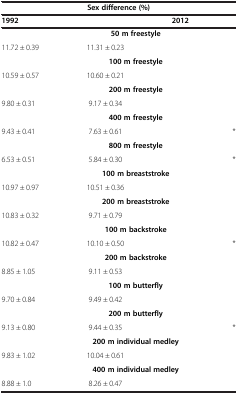
| <COLSPAN=4> Sex difference (%) |
 | <COLSPAN=2> 1992 | <COLSPAN=2> 2012 |
 | --- | --- | --- | --- |
 |  | <COLSPAN=2> 50 m freestyle |  |
 | 11.72 ± 0.39 | 11.31 ± 0.23 |  |  |
 |  | <COLSPAN=2> 100 m freestyle |  |
 | 10.59 ± 0.57 | 10.60 ± 0.21 |  |  |
 |  | <COLSPAN=2> 200 m freestyle |  |
 | 9.80 ± 0.31 | 9.17 ± 0.34 |  |  |
 |  | <COLSPAN=2> 400 m freestyle |  |
 | 9.43 ± 0.41 | 7.63 ± 0.61 |  | * |
 |  | <COLSPAN=2> 800 m freestyle |  |
 | 6.53 ± 0.51 | 5.84 ± 0.30 |  | * |
 |  | <COLSPAN=2> 100 m breaststroke |  |
 | 10.97 ± 0.97 | 10.51 ± 0.36 |  |  |
 |  | <COLSPAN=2> 200 m breaststroke |  |
 | 10.83 ± 0.32 | 9.71 ± 0.79 |  |  |
 |  | <COLSPAN=2> 100 m backstroke |  |
 | 10.82 ± 0.47 | 10.10 ± 0.50 |  | * |
 |  | <COLSPAN=2> 200 m backstroke |  |
 | 8.85 ± 1.05 | 9.11 ± 0.53 |  |  |
 |  | <COLSPAN=2> 100 m butterfly |  |
 | 9.70 ± 0.84 | 9.49 ± 0.42 |  |  |
 |  | <COLSPAN=2> 200 m butterfly |  |
 | 9.13 ± 0.80 | 9.44 ± 0.35 |  | * |
 |  | <COLSPAN=2> 200 m individual medley |  |
 | 9.83 ± 1.02 | 10.04 ± 0.61 |  |  |
 |  | <COLSPAN=2> 400 m individual medley |  |
 | 8.88 ± 1.0 | 8.26 ± 0.47 |  |  |